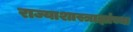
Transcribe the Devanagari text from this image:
राज्याशास्त्राज्ञांच्या